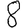
Digit: 8